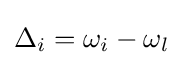
\Delta _{i}=\omega _{i}-\omega _{l}